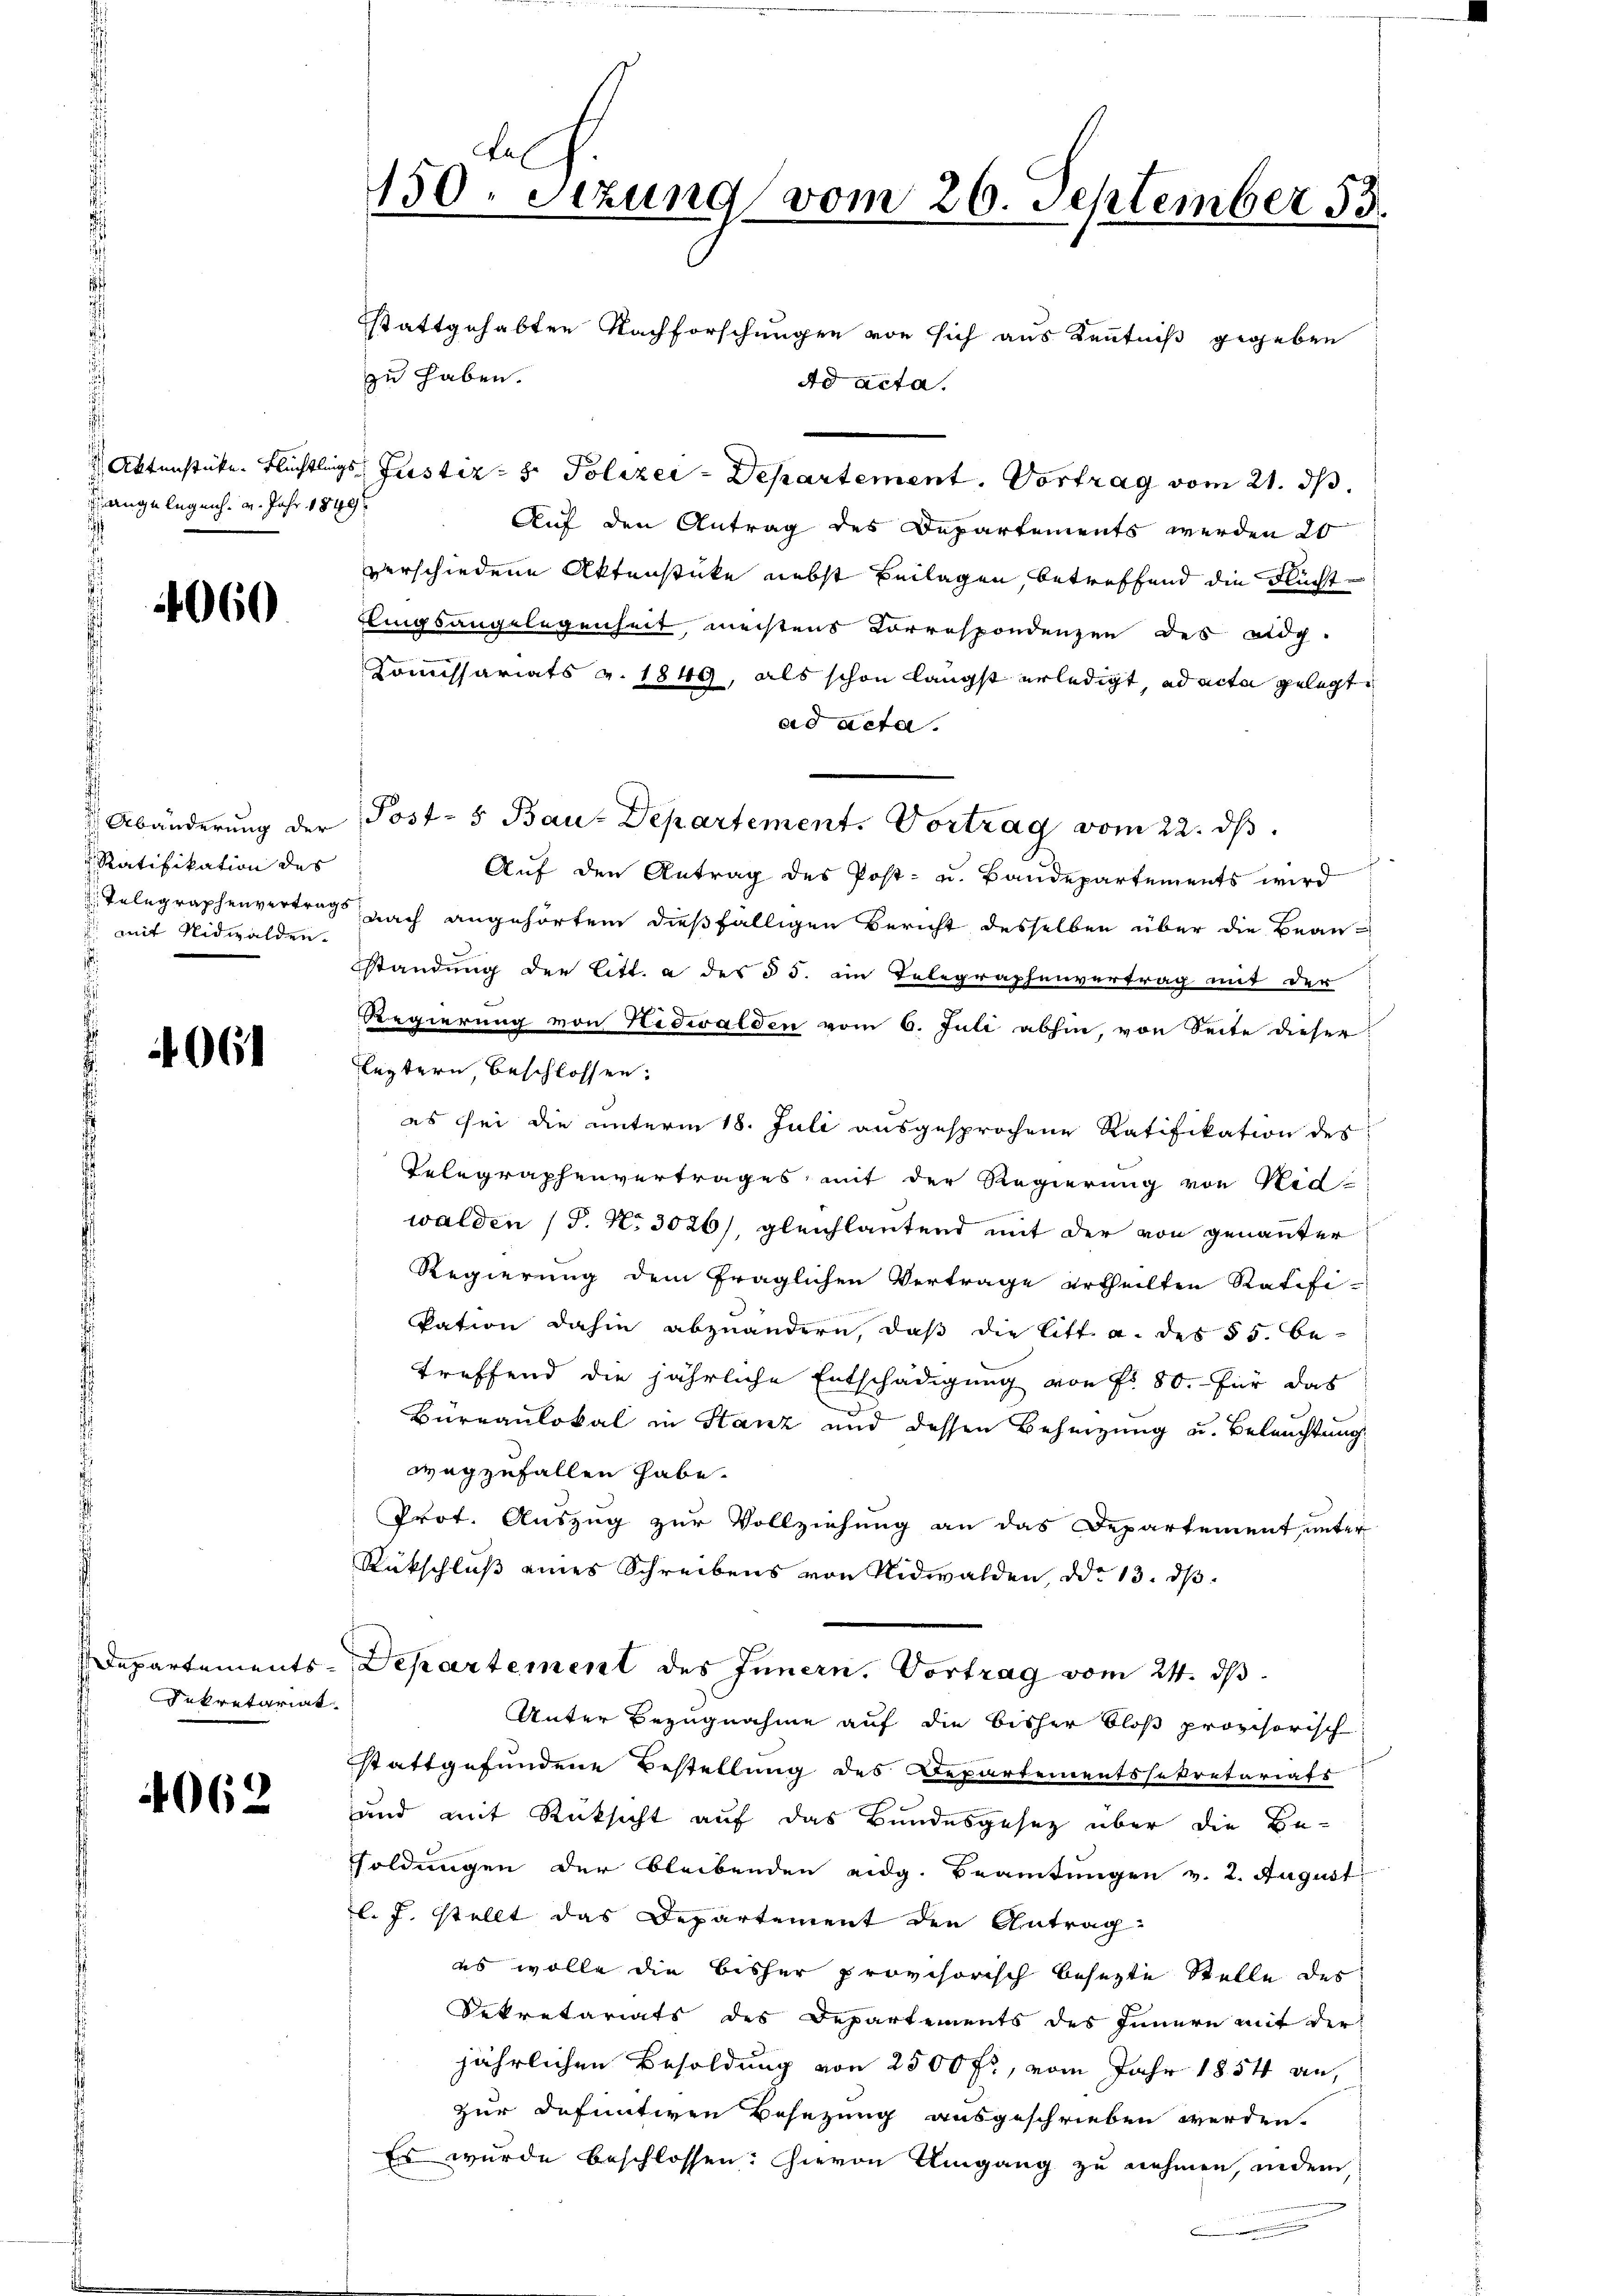
angelegen. 4. Jahr 1849
i

4060

Abänderung der
Ratifikation des
 mit Nidwalden.

4061

Departementssekretariat

4062

150. Sezung vom 26. September 53.
stattgehabten Nachforschungen von sich aus Kenntniß gegeben
zu haben.
ad acta.

Aktenstücke Flüchtlings Justiz- & Polizei-Departement. Vortrag vom 21. ds.
Auf den Antrag des Departements werden 20
verschiedene Aktenstücke nebst Beilagen, betreffend die Nächtflingsangelegenheit, meistens Korrespondenzen des eidg.
Kommissariats v. 1849, als schon längst erledigt, ad acta gelegt
ad acta.
Post-5 Bau-Departement. Vortrag vom 22. ds.
Auf den Antrag des Post- u. Baudepartements wird
Telegraphenvertrags nach angehörtem dießfälligen Bericht desselben über die Beanstandung der Litt. a des § 5. ein Telegraphenvertrag mit der
“
Regierung von Nidwalden vom 6. Juli abhin, von Seite dieser
leztern, beschlossen:
es sei die unterm 18. Juli ausgesprochene Ratifikation des
Telegraphenvertrages mit der Regierung von Nid
walden (T. N. 3026), gleichlautend mit der von genannter
Regierung dem fraglichen Vertrage ertheilten Ratifi-
kation dahin abzuändern, daß die Litt. a. des § 5. be-
treffend die jährliche Entschädigung von fr. 80.- für das
Büreaulokal in Stanz und dessen Beheizung u. Beleuchtung
wegzufallen habe.
Prot. Auszug zur Vollziehung an das Departement, unter
Rückschluß eines Schreibens von Nidwalden, ddo 13. dβ.
Departement des Innern. Vortrag vom 24. ds.
Unter Bezugnahme auf die bisher bloß provisorisch
stattgefundene Bestellung des Departementssekretariats
und mit Rücksicht auf das Bundesgesetz über die Be-
soldungen der bleibenden eidg. Beamtungen v. 2. August
l. J. stellt das Departement den Antrag
es wolle die bisher provisorisch besezte Stelle des
Dekretariats des Departements des Innern mit der
jährlichen Besoldung von 2500 fr., vom Jahr 1854 an,
zur Definitiven Besezung ausgeschrieben werden.
Es wurde beschlossen: hievon Umgang zu nehmen, indem